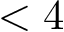
< 4